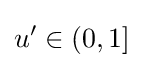
u^{\prime }\in (0,1]